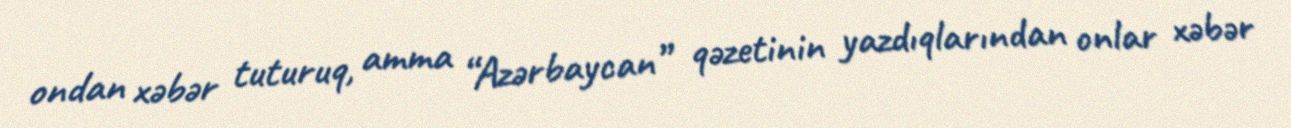
ondan xəbər tuturuq, amma “Azərbaycan” qəzetinin yazdıqlarından onlar xəbər